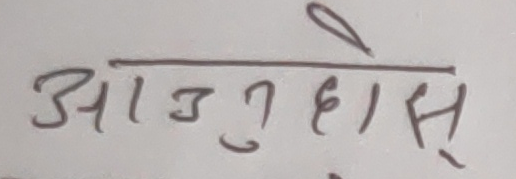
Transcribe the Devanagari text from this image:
आजु होस्